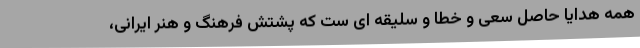
همه هدایا حاصل سعی و خطا و سلیقه ای ست که پشتش فرهنگ و هنر ایرانی،